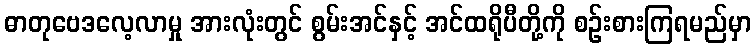
ဓာတုဗေဒလေ့လာမှု အားလုံးတွင် စွမ်းအင်နှင့် အင်ထရိုပီတို့ကို စဉ်းစားကြရမည်မှာ